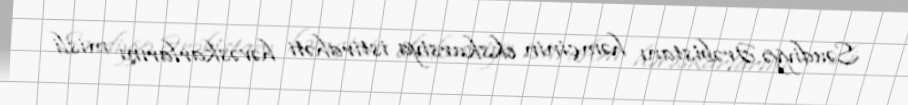
Səudiyyə Ərəbistanı həmçinin ekskursiya istirahəti həvəskarlarını misli